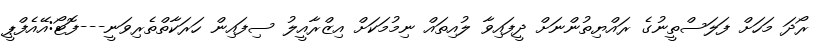
ރޯދަ މަހަށް ފަލަސްތީނުގެ ރައްޔިތުންނަށް ދީފައިވާ ލުއިތައް ނިމުމަކަށް އިޒްރާއީލު ސިފައިން ހަރަކާތްތެރިވަނީ---ފޮޓޯ:އޭއެފްޕީ